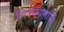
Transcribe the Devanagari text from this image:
निज्यधर्मासी